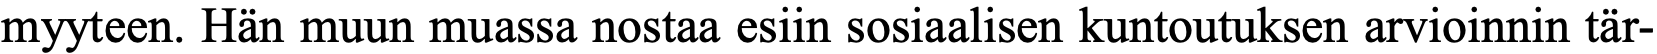
myyteen. Hän muun muassa nostaa esiin sosiaalisen kuntoutuksen arvioinnin tär-